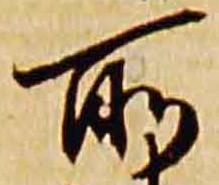
所